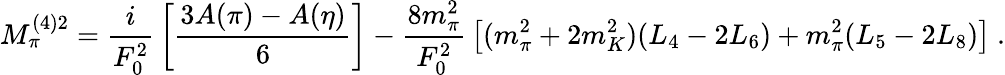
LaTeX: M_{\pi}^{(4)2}={\frac{i}{F_{0}^{2}}}\left[{\frac{3A(\pi)-A(\eta)}{6}}\right]-{\frac{8m_{\pi}^{2}}{F_{0}^{2}}}\left[(m_{\pi}^{2}+2m_{K}^{2})(L_{4}-2L_{6})+m_{\pi}^{2}(L_{5}-2L_{8})\right]\ .